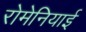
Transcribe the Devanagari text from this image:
रोमेनियाई